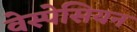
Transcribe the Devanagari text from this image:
वेस्पेसियन